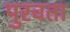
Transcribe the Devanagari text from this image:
पुरवता